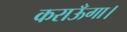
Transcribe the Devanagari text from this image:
कराऊँगा।